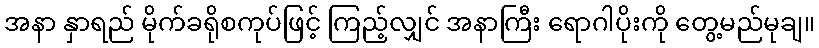
အနာ နှာရည် မိုက်ခရိုစကုပ်ဖြင့် ကြည့်လျှင် အနာကြီး ရောဂါပိုးကို တွေ့မည်မုချ။